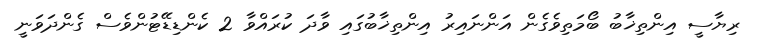
ރިޔާސީ އިންތިޚާބު ބޯމަތިވެގެން އަންނައިރު އިންތިޚާބުގައި ވާދަ ކުރައްވާ 2 ކެންޑިޑޭޓުންވެސް ގެންދަވަނީ